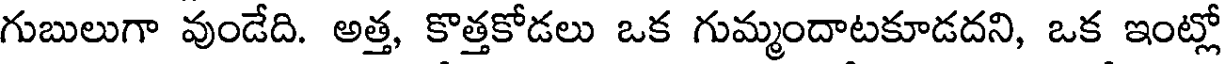
గుబులుగా వుండేది. అత్త, కొత్తకోడలు ఒక గుమ్మందాటకూడదని, ఒక ఇంట్లో